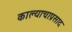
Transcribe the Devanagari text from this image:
काल्याचाप्रसाद